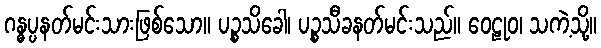
ဂန္ဓပ္ပနတ်မင်းသားဖြစ်သော။ ပဉ္စသိခေါ၊ ပဉ္စသီခနတ်မင်းသည်။ ဝေဠုဝ၊ သကဲ့သို့။